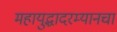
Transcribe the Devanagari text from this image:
महायुद्धादरम्यानचा